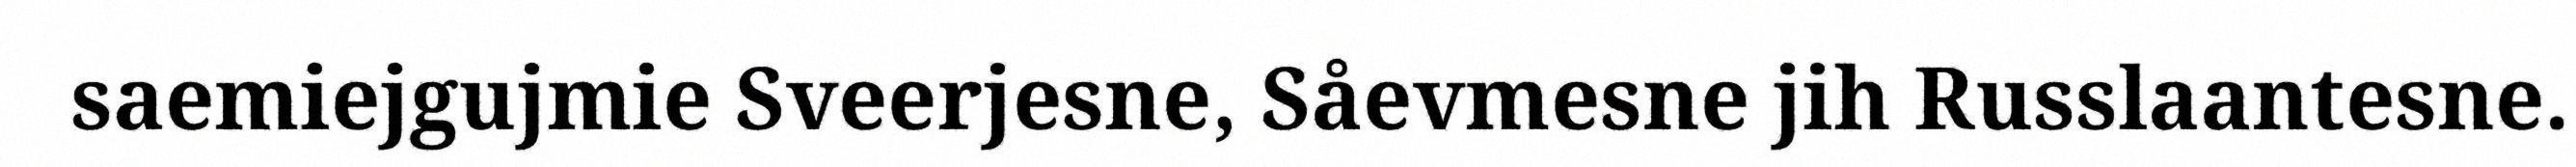
saemiejgujmie Sveerjesne, Såevmesne jih Russlaantesne.